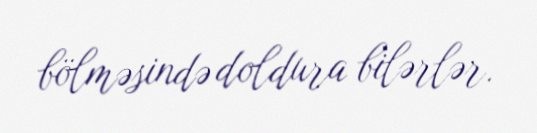
bölməsində doldura bilərlər.